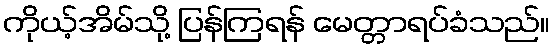
ကိုယ့်အိမ်သို့ ပြန်ကြရန် မေတ္တာရပ်ခံသည်။